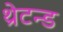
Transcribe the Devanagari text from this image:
थ्रेटन्ड